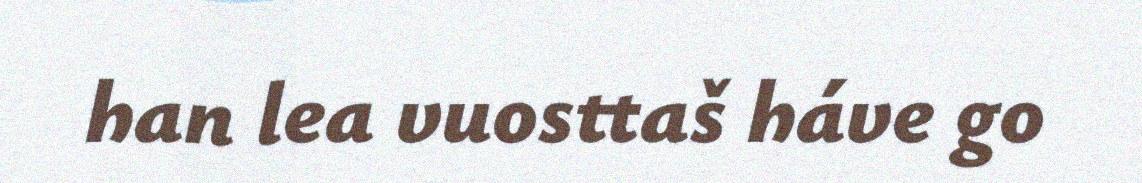
han lea vuosttaš háve go